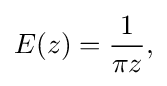
\displaystyle {E(z)={1 \over \pi z},}